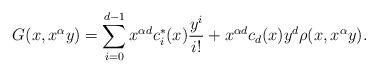
LaTeX: \begin{align*}G(x,x^\alpha y)= \sum_{i=0}^{d-1}x^{\alpha d}c_i^*(x) \frac{ y^{i}}{i!}+x^{\alpha d}c_d(x)y^{d}\rho(x,x^{\alpha} y).\end{align*}